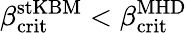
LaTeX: \beta_{\mathrm{crit}}^{\mathrm{stKBM}}<\beta_{\mathrm{crit}}^{\mathrm{MHD}}